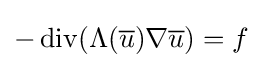
-\operatorname {div} (\Lambda ({\overline {u}})\nabla {\overline {u}})=f